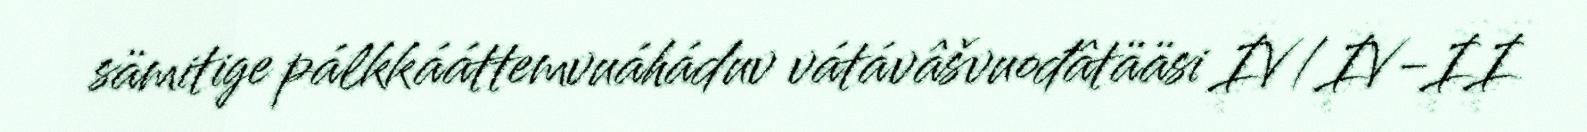
sämitige pálkkááttemvuáháduv vátávâšvuođâtääsi IV/IV-II